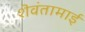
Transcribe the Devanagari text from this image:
शॆवंतामाई